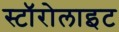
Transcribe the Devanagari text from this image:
स्टॉरोलाइट